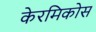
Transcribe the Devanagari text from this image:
केरमिकोस